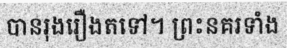
បានរុងរឿងតទៅ។ ព្រះនគរទាំង